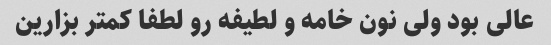
عالی بود ولی نون خامه و لطیفه رو لطفا کمتر بزارین